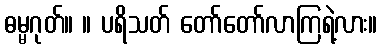
ဓမ္မဂုတ်။ ။ ပရိသတ် တော်တော်လာကြရဲ့လား။